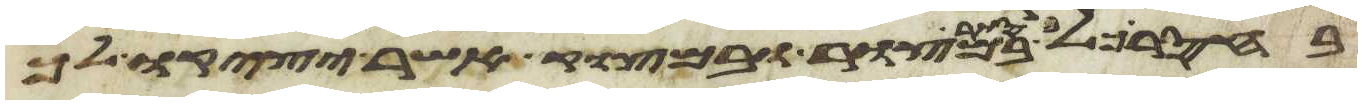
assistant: בסתר במצור ובמצוק אשר יציקו לך